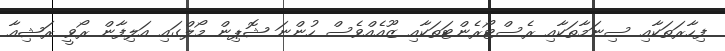
ފިހާރަތަކާއި ސިނަމާތަކާއި ރެސްޓޯރެންޓަތަކާއި ޒޫއެއްވެސް ހުންނަ ޝޮޕިން މޯލްގައި އަލިފާން ރޯވީ ރަޝިއާ